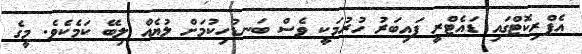
އެޕްރިކޮޓްގައި ޑައެޓްރީ ފައިބަރު ހުރުމަކީ ވެސް ބަނޑުހިކުމަށް ލުޔެއް ލިބޭ ކަމެކެވެ. މީގެ